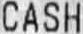
CASH